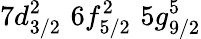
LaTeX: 7d_{3/2}^{2}\, \, 6f_{5/2}^{2}\, \, 5g_{9/2}^{5}